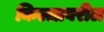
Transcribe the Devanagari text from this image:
किल्लावरील